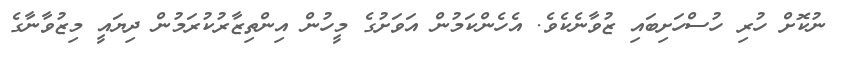
ނުކޮށް ހުރި ހުސްހަށިބައި ޒުވާނެކެވެ. އެހެންކަމުން އަވަށުގެ މީހުން އިންތިޒާރުކުރަމުން ދިޔައީ މިޒުވާނާގެ